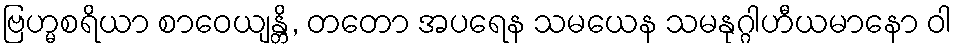
ဗြဟ္မစရိယာ စာဝေယျန္တိ, တတော အပရေန သမယေန သမနုဂ္ဂါဟီယမာနော ဝါ